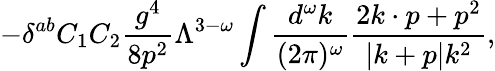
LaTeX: -\delta^{ab}C_{1}C_{2}{\frac{g^{4}}{8p^{2}}}\Lambda^{3-\omega}\int{\frac{d^{\omega}k}{(2\pi)^{\omega}}}{\frac{2k\cdot p+p^{2}}{|k+p|k^{2}}},